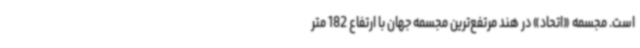
است. مجسمه «اتحاد» در هند مرتفع‌ترین مجسمه جهان با ارتفاع 182 متر